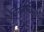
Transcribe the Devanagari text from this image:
निरुपाधिशेष